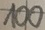
Text: 100